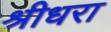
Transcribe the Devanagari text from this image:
श्रीधरा